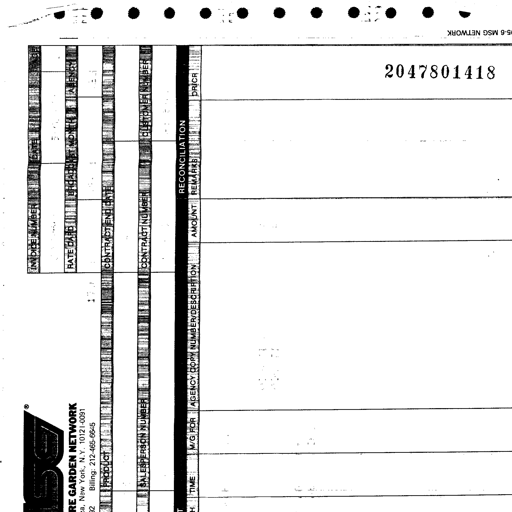
MSG NETWORK
2047801418
RE GARDEN NETWORK
ca, New York, N.Y. 10121-0091
Billing: 212-465-6645
INVOICE NUMBER DATE
RATE CARD BROADCAST MONTH AGENCY
PRODUCT
CONTRACT END DATE
SALESPERSON NUMBER CONTRACT NUMBER CUSTOMER NUMBER
RECONCILIATION
TIME M/G FOR AGENCY COPY NUMBER/DESCRIPTION AMOUNT REMARKS DR/CR